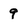
Character: 9